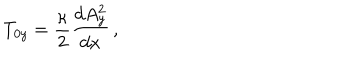
T _ { 0 y } = { \frac { \kappa } { 2 } } { \frac { d A _ { y } ^ { 2 } } { d x } } \, ,